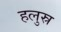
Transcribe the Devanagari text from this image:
हलुस्र